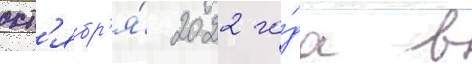
окт'ябр'я́ 2022 го́да в